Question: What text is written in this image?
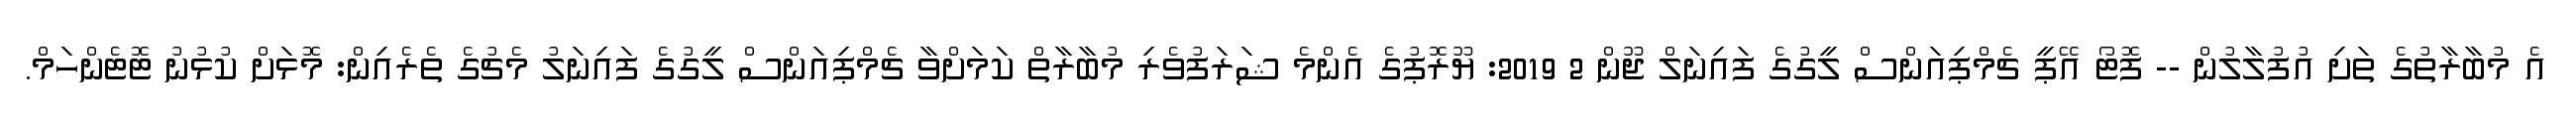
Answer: އެ މުބާރާތުގެ ތަށި އުފުލާލުން -- ފޮޓޯ އޭޕީ ޗެމްޕިއަންސް ލީގުގެ ފައިނަލް ޖޫން 2 2019: ޔޫރޮޕުގެ އެންމެ ޝަރަފުވެރި މުބާރާތް ކަމަށްވާ ޗެމްޕިއަންސް ލީގުގެ ފައިނަލު މެޗުގެ ތެރެއިން: މޮޅަށް ކުޅުނު ޓޮޓެންހަމް.